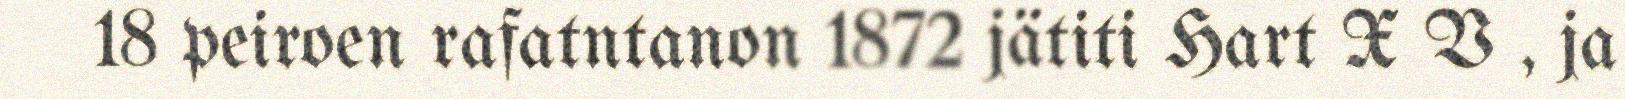
18 peiroen rafatntanon 1872 jätiti Hart X V , ja